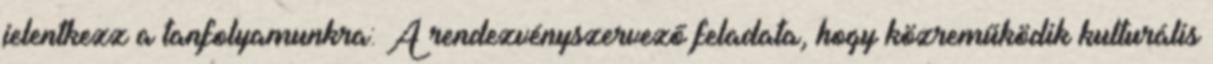
jelentkezz a tanfolyamunkra: A rendezvényszervező feladata, hogy közreműködik kulturális